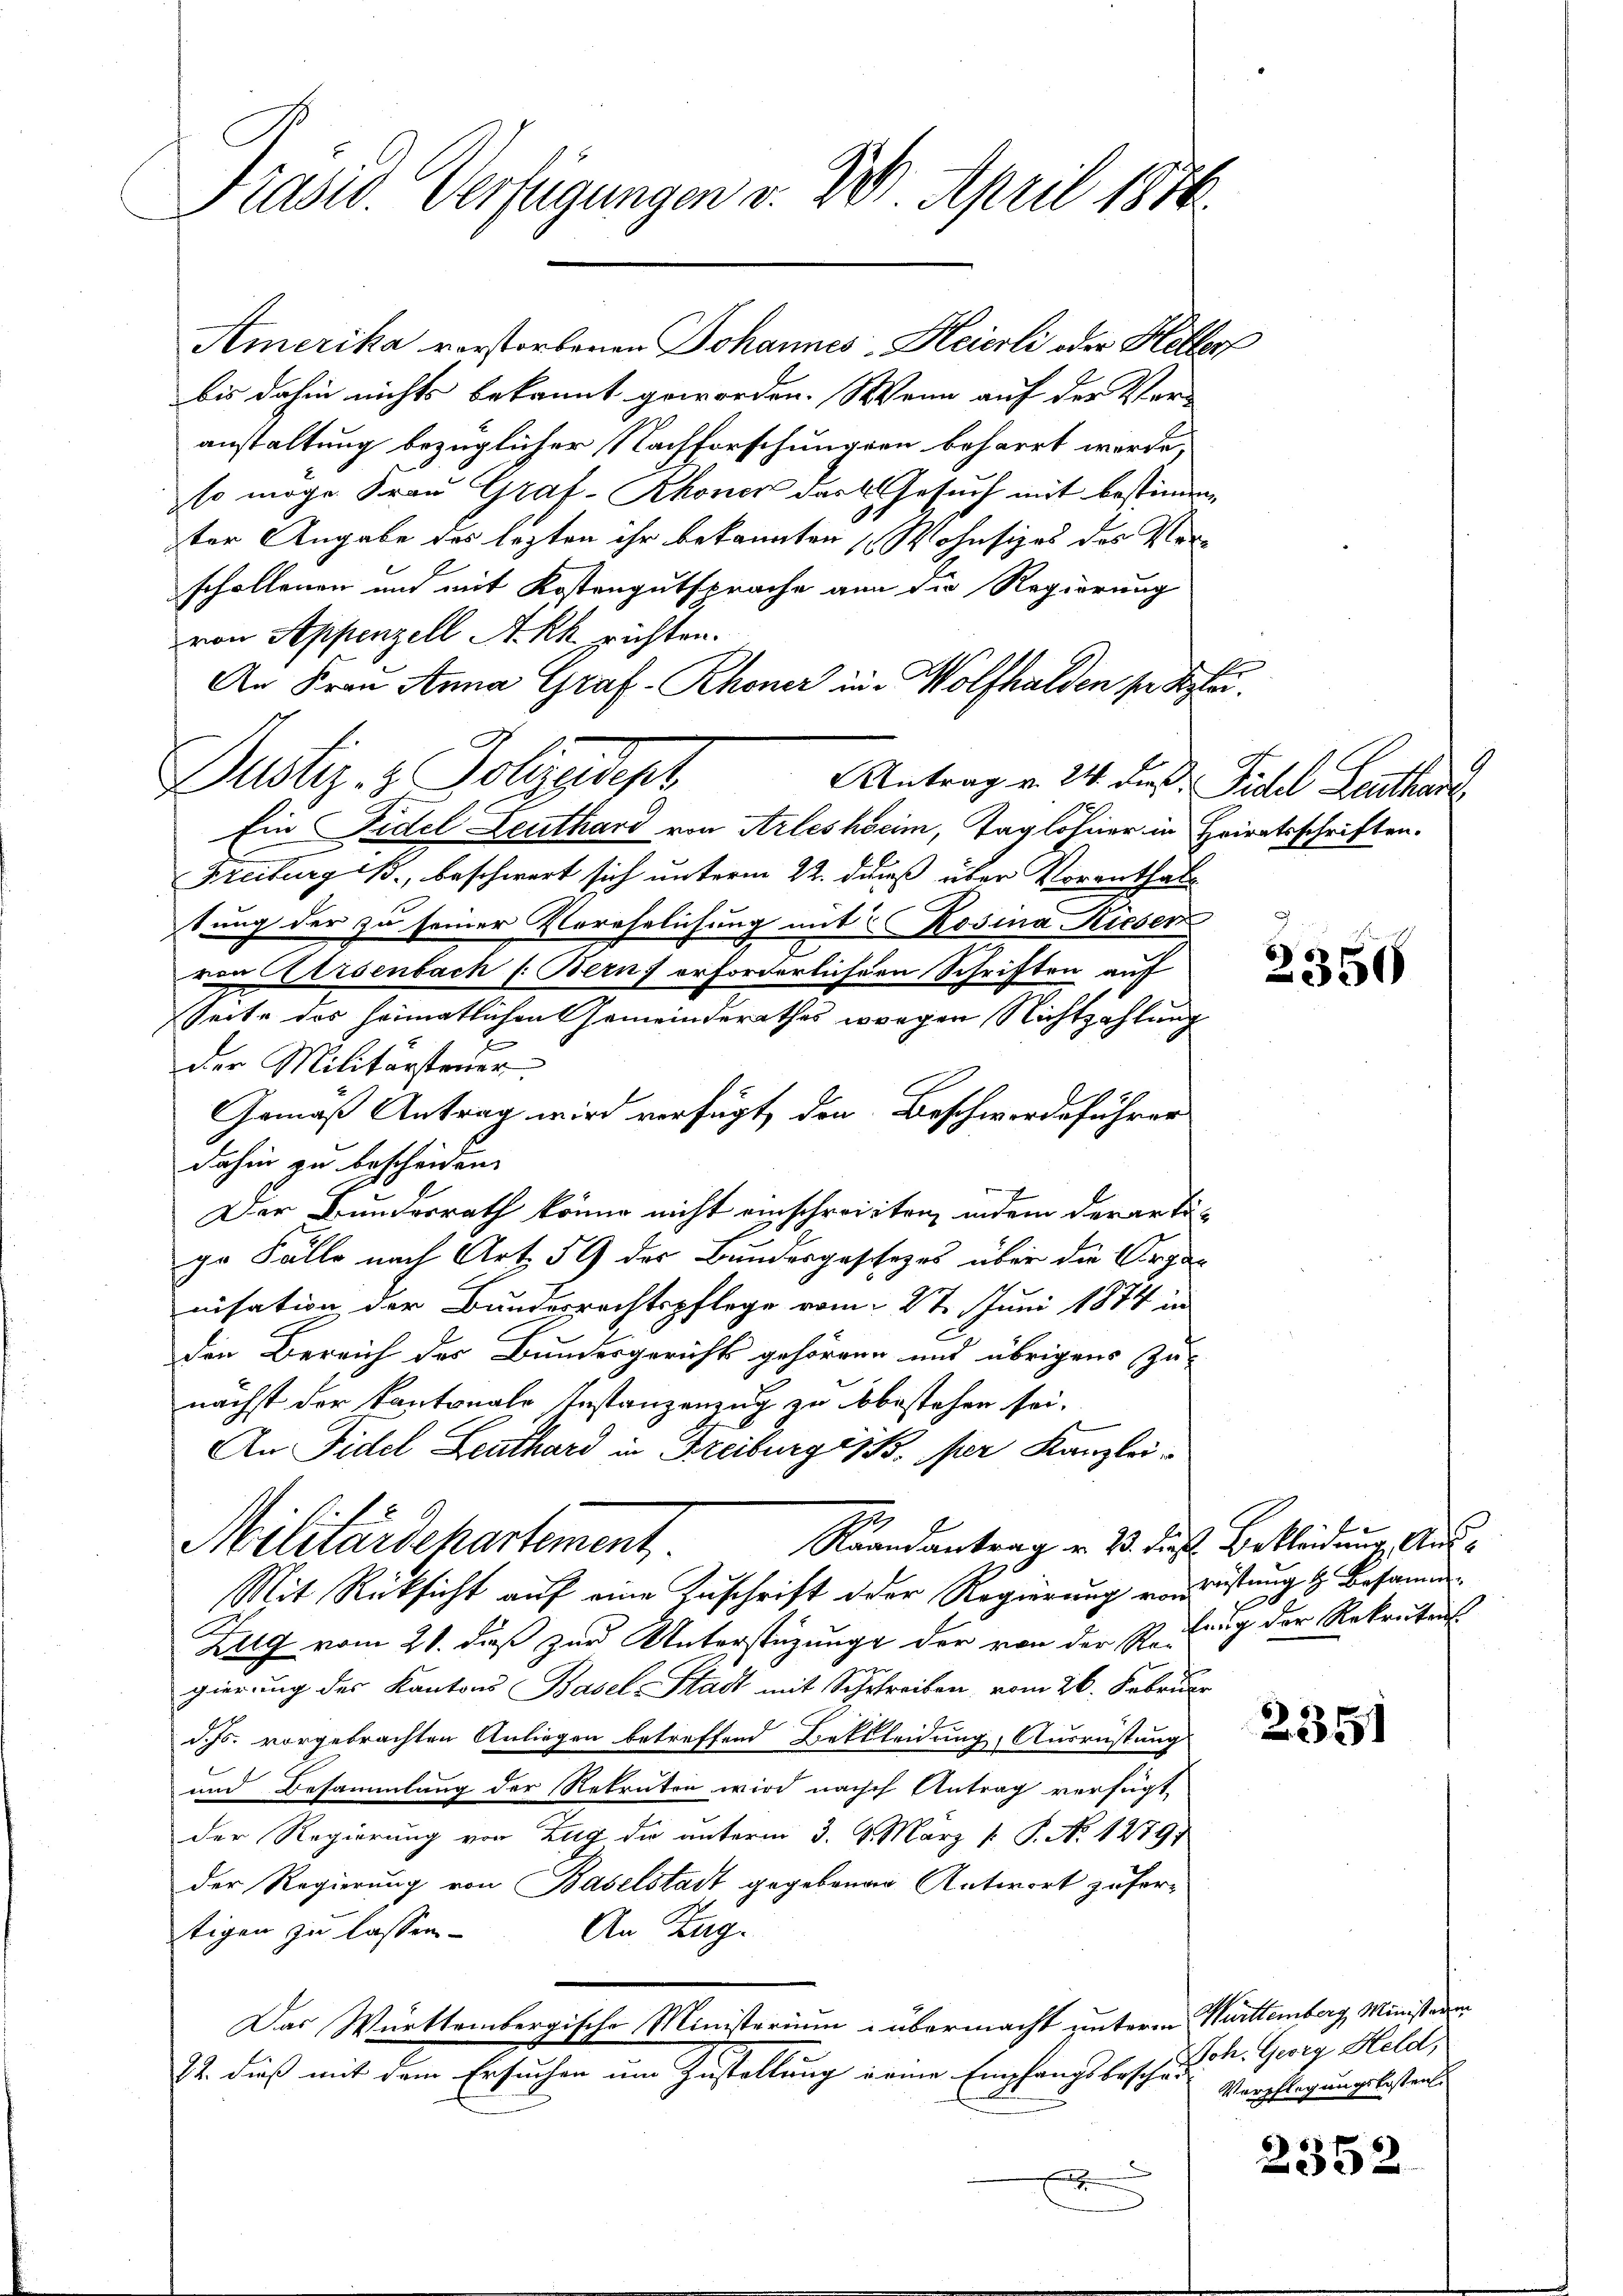
Präsid. Verfügungen v. 24. April 1816.

bis dahin nichts bekannt geworden. Wenn auf der Vor-
anstaltung bezüglicher Nachforschungen beharrt werde,
so möge Frau Graf-Rhoner das Gesuch mit bestimmen
ter Angabe des lezten ihr bekannten Wohnsiges des Vorschollenen und mit Kostengutsprache ann die Regierung
von Appenzell Akk richten.
An Frau Anna Graf- Rhoner in Wolfhalden sei delei¬
Antrag v. 24. dieß. Fidel Leutha
Ein Fidel Leuthard von Arlesheim, Taglöhner in Heiratsschriften.
Freiburg B., beschwert sich unterm 22. daß über Vorenthaltung der zu seiner Verehelichung mit Rosina Rieser
von Arsenbach /: Bern, erforderlichern Schriften auf
Seite des heimatlichen Gemeinderathes wegen Nichtzahlung
der Militärsteuer.
Gemäß Antrag wird verfügt, den Beschwerdeführen
dahin zu bescheiden.
Der Bundesrath könne nicht einschreiten, indem der er tä-
ge Fälle nach Art. 59 des Bundesgeschezes über die Organ
nisation der Bundesrechtspflege vom 27. Juni 1874 in
den Bereich des Bundesgerichts gehören und übrigens Zu-
nächst der kantonale Instanzenzug zu bestehen sei.
An Fidel Leuthard in Freiburgisp. per Kanzlei¬
.
Raandantrag u. 23. dieß Bekleidung Aus¬
Militärdehartement
Mit Rücksicht auf eine Zuschrift der Regierung von rüstung & Besamm
Zug vom 21. daß zur Unterstüzung der von der Reihung der Rekruten
x
gierung des Kantons Basel-Stadt mit Schreiben, vom 26. Februar
d. Js. vorgebrachten Anliegen betreffend Bettleidung, Ausrüstung
und Besammlung der Rekruten wird nach Antrag verfügt,
der Regierung von Zug die unterm 3. 4. März [ P. N. 1279
der Regierung von Baselstadt gegebenen Antwort zufer¬
An Zug.
tigen zu lassen.
Das Württembergische Ministerium übermacht unterm Württemberg, Ministeren
22. dieß mit dem Ersuchen um Zustellung deme Empfangsbeschäd
x

Dustiz- & Polizeidept

Amerika vorstorbenen Johannes-Heierli oder Heller

2356

d

2351

Joh. Georg Held,
Verpflegungskosten.

2352